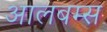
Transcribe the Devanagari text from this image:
आलबम्स